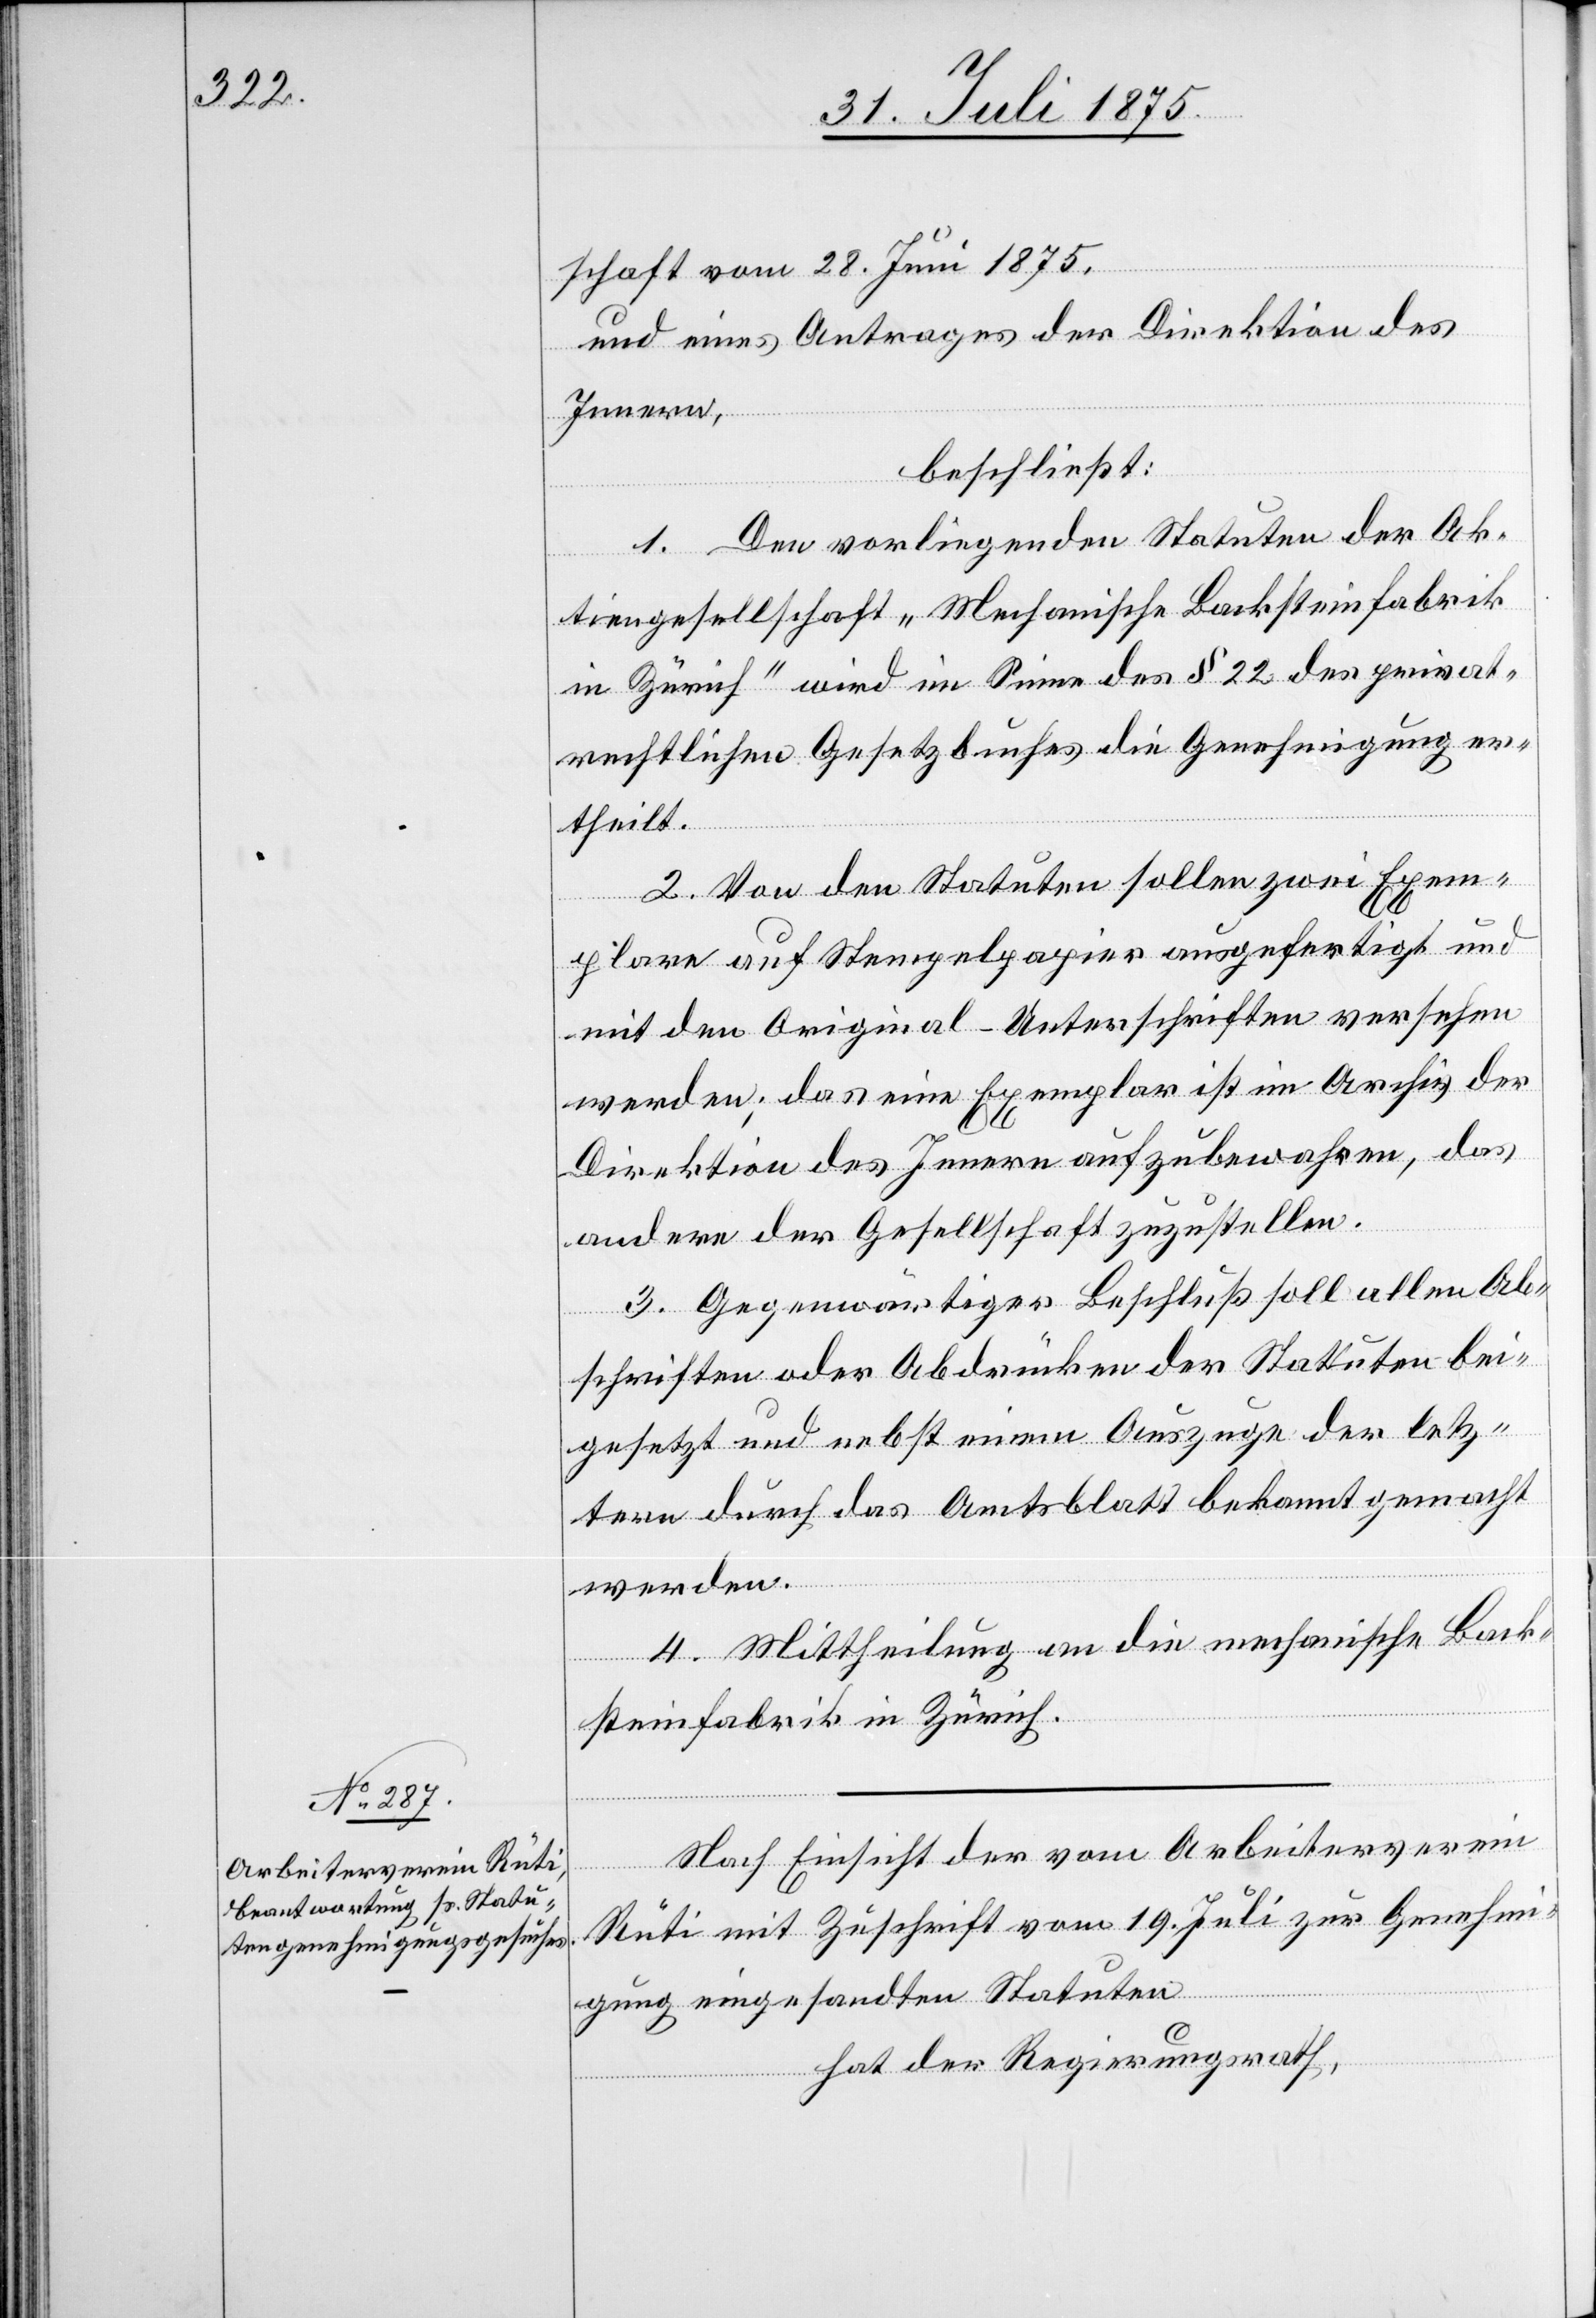
schaft vom 28. Juni 1875,
und eines Antrages der Direktion des
Innern,
beschließt:
1. Den vorliegenden Statuten der Ak¬
tiengesellschaft „Mechanische Backsteinfabrik
in Zürich“ wird im Sinne des § 22 des privat¬
rechtlichen Gesetzbuches die Genehmigung er¬
theilt.
2. Von den Statuten sollen zwei Exem¬
plare auf Stempelpapier ausgefertigt und
mit den Original-Unterschriften versehen
werden; das eine Exemplar ist im Archiv der
Direktion des Innern aufzubewahren, das
andere der Gesellschaft zuzustellen.
3. Gegenwärtiger Beschluß soll allen Ab¬
schriften oder Abdrücken der Statuten bei¬
gesetzt und nebst einem Auszuge der letz¬
tern durch das Amtsblatt bekannt gemacht
werden.
4. Mittheilung an die mechanische Back¬
steinfabrik in Zürich.
Nach Einsicht der vom Arbeiterverein
Rüti mit Zuschrift vom 19. Juli zur Genehmi¬
gung eingesandten Statuten
hat der Regierungsrath,